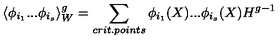
\langle \phi _ { i _ { 1 } } . . . \phi _ { i _ { s } } \rangle _ { W } ^ { g } = \sum _ { c r i t . p o i n t s } \phi _ { i _ { 1 } } ( X ) . . . \phi _ { i _ { s } } ( X ) H ^ { g - 1 }